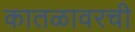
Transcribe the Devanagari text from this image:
कातळावरची